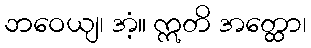
ဘဝေယျ၊ အံ့။ ဣတိ အတ္ထော၊